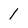
Character: l